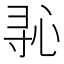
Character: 𫴭